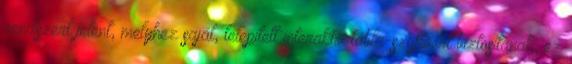
rendszert jelent, melyhez saját, telepített interaktív tábla-szoftvert biztosítanak, ez